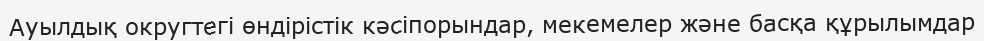
Ауылдық округтегі өндірістік кәсіпорындар, мекемелер және басқа құрылымдар